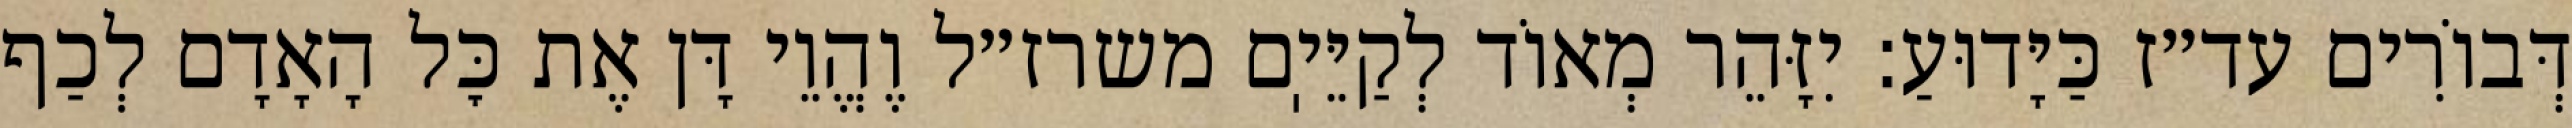
דְּבוֹרִים עד״ז כַּיָּדוּעַ: יִזָּהֵר מְאוֹד לְקַיֵּיֽם משרז״ל וֶהֱוֵי דָּן אֶת כׇּל הָאָדָם לְכַף